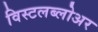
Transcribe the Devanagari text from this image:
विस्टलब्लोअर